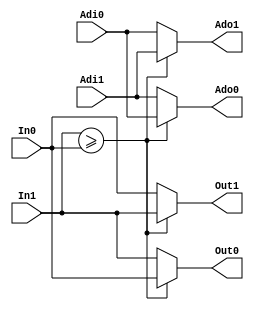
//----------------------------
// 2 input comparator for VQ18
// Version 1.0
//----------------------------

module comp2_VQ18(In1,In0,
				  Out1,Out0,
				  Adi1,Adi0,
				  Ado1,Ado0);

//-------------------------
// In0: input binary code;
// In1: input binary code;
// Out1 is the max value;
// Out0 is the min value;
//-------------------------

input signed [7:0] In0,In1; // Input data
input  [4:0] Adi0,Adi1; //Element Input address
output signed [7:0] Out0,Out1; // Ouput data
output [4:0] Ado0,Ado1; //Ouptut address

assign Out1= (In1>=In0) ? In1:In0;
assign Out0= (In1>=In0) ? In0:In1;
assign Ado1= (In1>=In0) ? Adi1:Adi0;
assign Ado0= (In1>=In0) ? Adi0:Adi1;

endmodule